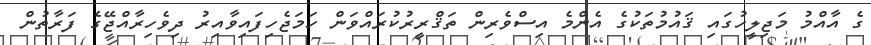
ގެ އާއްމު މަޖިލީހުގައި ޤައުމުތަކުގެ އެންމެ އިސްވެރިން ތަޤްރީރުކުރައްވަން ހަމަޖެހިފައިވާއިރު ދިވެހިރާއްޖޭގެ ފަރާތުން